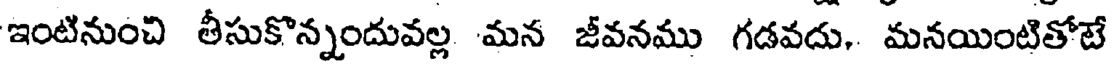
ఇంటినుంచి తీసుకొన్నందువల్ల మన జీవనము గడవదు, మనయింటితోటే